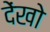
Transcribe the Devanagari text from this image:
देंखो